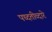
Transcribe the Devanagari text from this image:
पध्दतीव्दारे